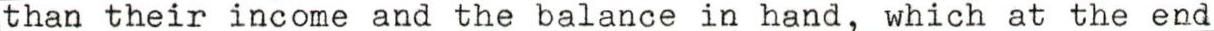
than their income and the balance in hand, which at the end